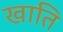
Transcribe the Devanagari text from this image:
खाति